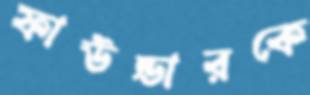
ফাউন্ডারকে